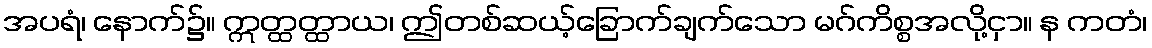
အပရံ၊ နောက်၌။ ဣတ္ထတ္ထာယ၊ ဤတစ်ဆယ့်ခြောက်ချက်သော မဂ်ကိစ္စအလို့ငှာ။ န ကတံ၊